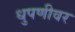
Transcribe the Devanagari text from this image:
धुपणीवर